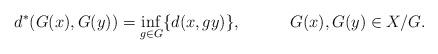
LaTeX: \begin{align*}d^*(G(x),G(y))=\inf\limits_{g\in G}\{d(x,gy)\}, ~~~~~\,\,~~~G(x),G(y)\in X/G.\end{align*}